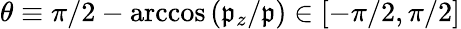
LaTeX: \theta\equiv\pi/2-\operatorname{arccos}\left(\mathfrak{p}_{z}/\mathfrak{p}\right)\in[-\pi/2,\pi/2]